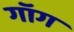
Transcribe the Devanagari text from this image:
गॉग